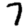
Digit: 7